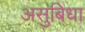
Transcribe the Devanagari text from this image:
असुबिधा